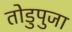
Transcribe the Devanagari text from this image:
तोडुपुजा